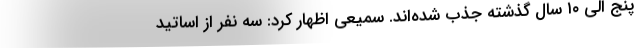
پنج الی ۱۰ سال‌ گذشته جذب شده‌اند. سمیعی اظهار کرد: سه نفر از اساتید